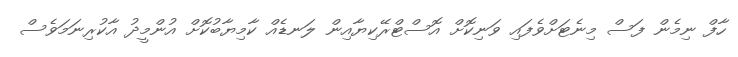
ހާފް ނިމެން ފަސް މިނެޓަށްވެފައި ވަނިކޮށް އޮސްޓްރޭކިޔާއިން ލަނޑެއް ކާމިޔާބުކޮށް އުންމީދު އާކުރިނަމަވެސް